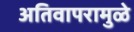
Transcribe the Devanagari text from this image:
अतिवापरामुळे